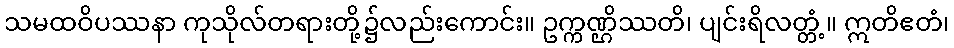
သမထဝိပဿနာ ကုသိုလ်တရားတို့၌လည်းကောင်း။ ဥက္ကဏ္ဌိဿတိ၊ ပျင်းရိလတ္တံ့။ ဣတိဧတံ၊